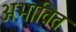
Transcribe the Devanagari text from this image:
अभावित